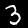
Digit: 3